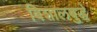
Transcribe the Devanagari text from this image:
विशालबुद्धे